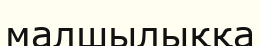
малшылыққа